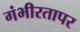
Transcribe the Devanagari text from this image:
गंभीरतापर